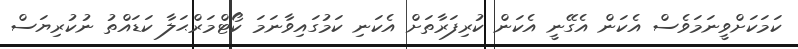
ކަމަކަށްވީނަމަވެސް އެކަން އެގޭނީ އެކަން ކުރިފަރާތަށް އެކަނި ކަމުގައިވާނަމަ ކޯޓްމަރްޙަލާ ކަޑައްތު ނުކުރިޔަސް